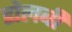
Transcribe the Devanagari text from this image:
डोलबी